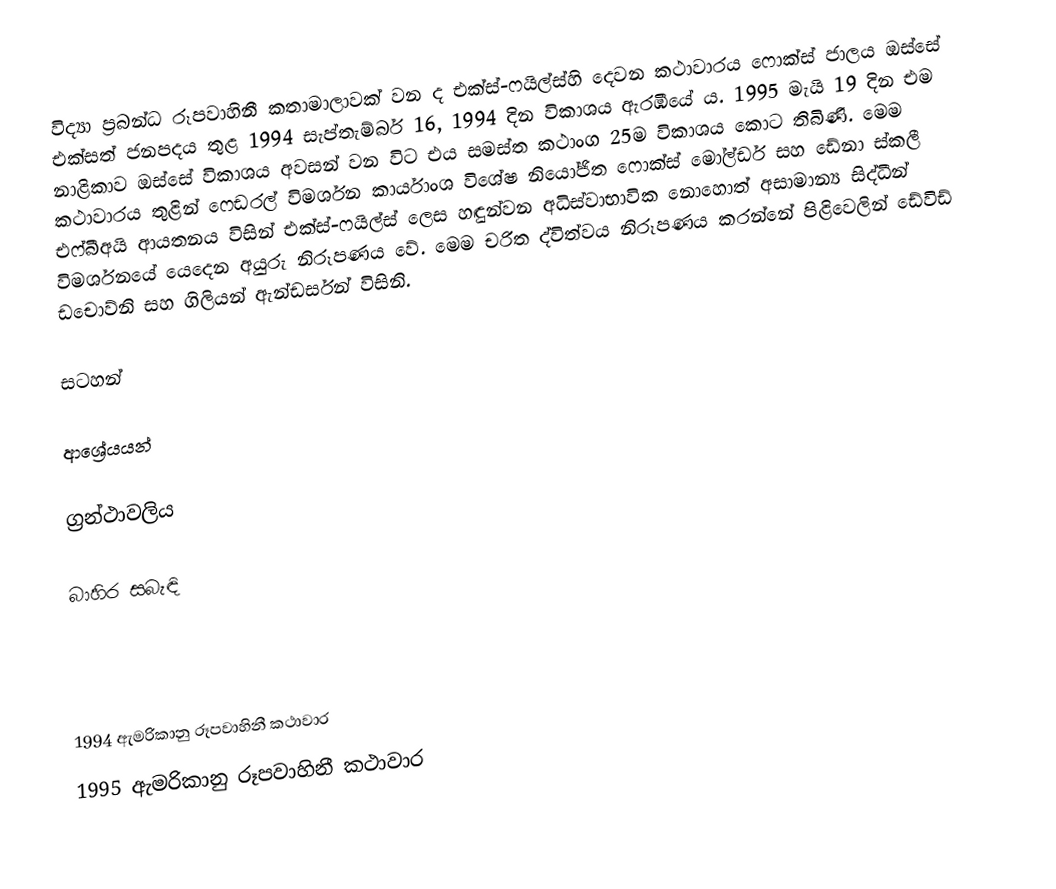
විද්‍යා ප්‍රබන්ධ රූපවාහිනී කතාමාලාවක් වන ද එක්ස්-ෆයිල්ස්හි දෙවන කථාවාරය ෆොක්ස් ජාලය ඔස්සේ එක්සත් ජනපදය තුළ 1994 සැප්තැම්බර් 16, 1994 දින විකාශය ඇරඹියේ ය. 1995 මැයි 19 දින එම නාළිකාව ඔස්සේ විකාශය අවසන් වන විට එය සමස්ත කථාංග 25ම විකාශය කොට තිබිණි. මෙම කථාවාරය තුළින් ෆෙඩරල් විමර්ශන කාර්යාංශ විශේෂ නියෝජිත ෆොක්ස් මෝල්ඩර් සහ ඩේනා ස්කලී එෆ්බීඅයි ආයතනය විසින් එක්ස්-ෆයිල්ස් ලෙස හඳුන්වන අධිස්වාභාවික නොහොත් අසාමාන්‍ය සිද්ධීන් විමර්ශනයේ යෙදෙන අයුරු නිරූපණය වේ. මෙම චරිත ද්විත්වය නිරූපණය කරන්නේ පිළිවෙලින් ඩේවිඩ් ඩචොව්නි සහ ගිලියන් ඇන්ඩර්සන් විසිනි.

සටහන්

ආශ්‍රේයයන්

ග්‍රන්ථාවලිය

බාහිර සබැඳි

1994 ඇමරිකානු රූපවාහිනී කථාවාර
1995 ඇමරිකානු රූපවාහිනී කථාවාර